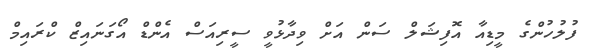
ފުލުހުންގެ މީޑިއާ އޮފިޝަލް ސަން އަށް ވިދާޅުވީ ސީރިއަސް އެންޑް އޯގަނައިޒް ކްރައިމް